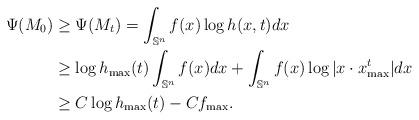
LaTeX: \begin{align*}\Psi(M_0)&\geq\Psi(M_t)=\int_{\mathbb{S}^n}f(x)\log h(x,t)dx\\&\geq\log h_{\max}(t)\int_{\mathbb{S}^n}f(x)dx+\int_{\mathbb{S}^n}f(x)\log |x\cdot x^t_{\max}|dx\\&\geq C\log h_{\max}(t)-Cf_{\max}.\end{align*}